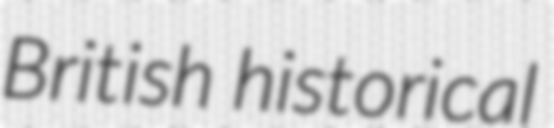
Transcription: British historical